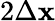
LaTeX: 2\Delta\mathbf{x}